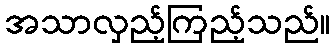
အသာလှည့်ကြည့်သည်။